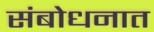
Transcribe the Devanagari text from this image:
संबोधनात